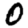
Digit: 0